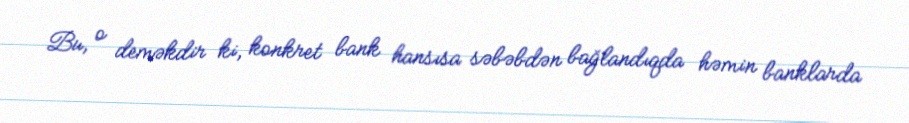
Bu, o deməkdir ki, konkret bank hansısa səbəbdən bağlandıqda həmin banklarda